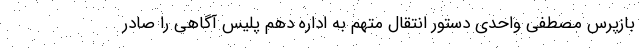
بازپرس مصطفی واحدی دستور انتقال متهم به اداره دهم پلیس آگاهی را صادر